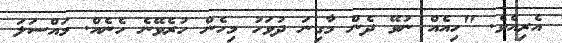
އެރިއެވެ. "ހިއެއް ނުވޭ ދެން މާގިނަ ދުވަހު މިހެން ހުރެވޭނެ ހެނެއް. މައްސަލަ